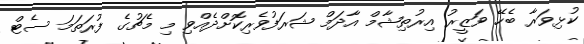
ކުޅިވަރާ ބެހޭ ވަޒީރު އިރުތިޝާމް އާދަމް ޝަރަފުވެރިކޮށްދެއްވި މި މެޗުގެ ފުރަތަމަ ސެޓް